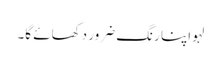
لہو اپنا رنگ ضرور دکھائے گا۔